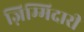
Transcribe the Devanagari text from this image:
ज़िम्मिदारी